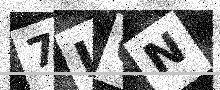
Text: 7LON